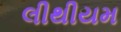
લીથીયમ